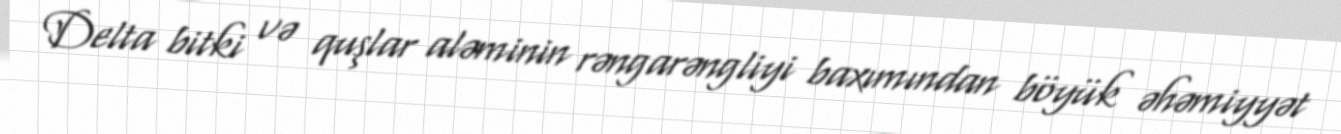
Delta bitki və quşlar aləminin rəngarəngliyi baxımından böyük əhəmiyyət